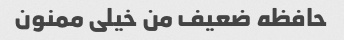
حافظه ضعیف من خیلی ممنون